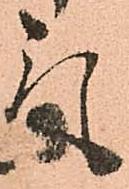
気